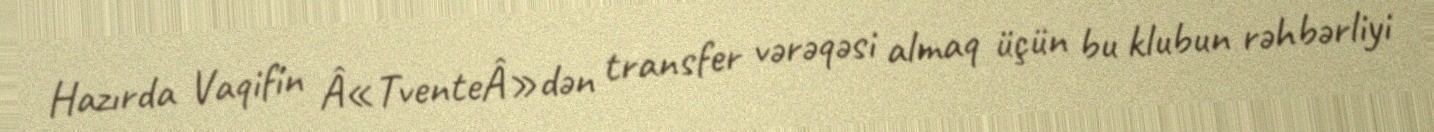
Hazırda Vaqifin Â«TventeÂ»dən transfer vərəqəsi almaq üçün bu klubun rəhbərliyi